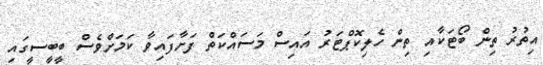
އިތުރު ތިން ބޯޓަކާއި ތިން ހެލިކޮޕްޓަރު އައިސް މަސައްކަތް ފަށާފައިވާ ކަމަށްވެސް ބީބީސީގައި